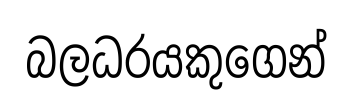
බලධරයකුගෙන්